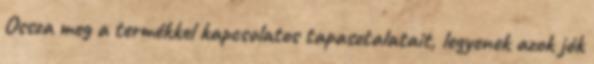
Ossza meg a termékkel kapcsolatos tapasztalatait, legyenek azok jók